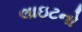
લાઇટનો